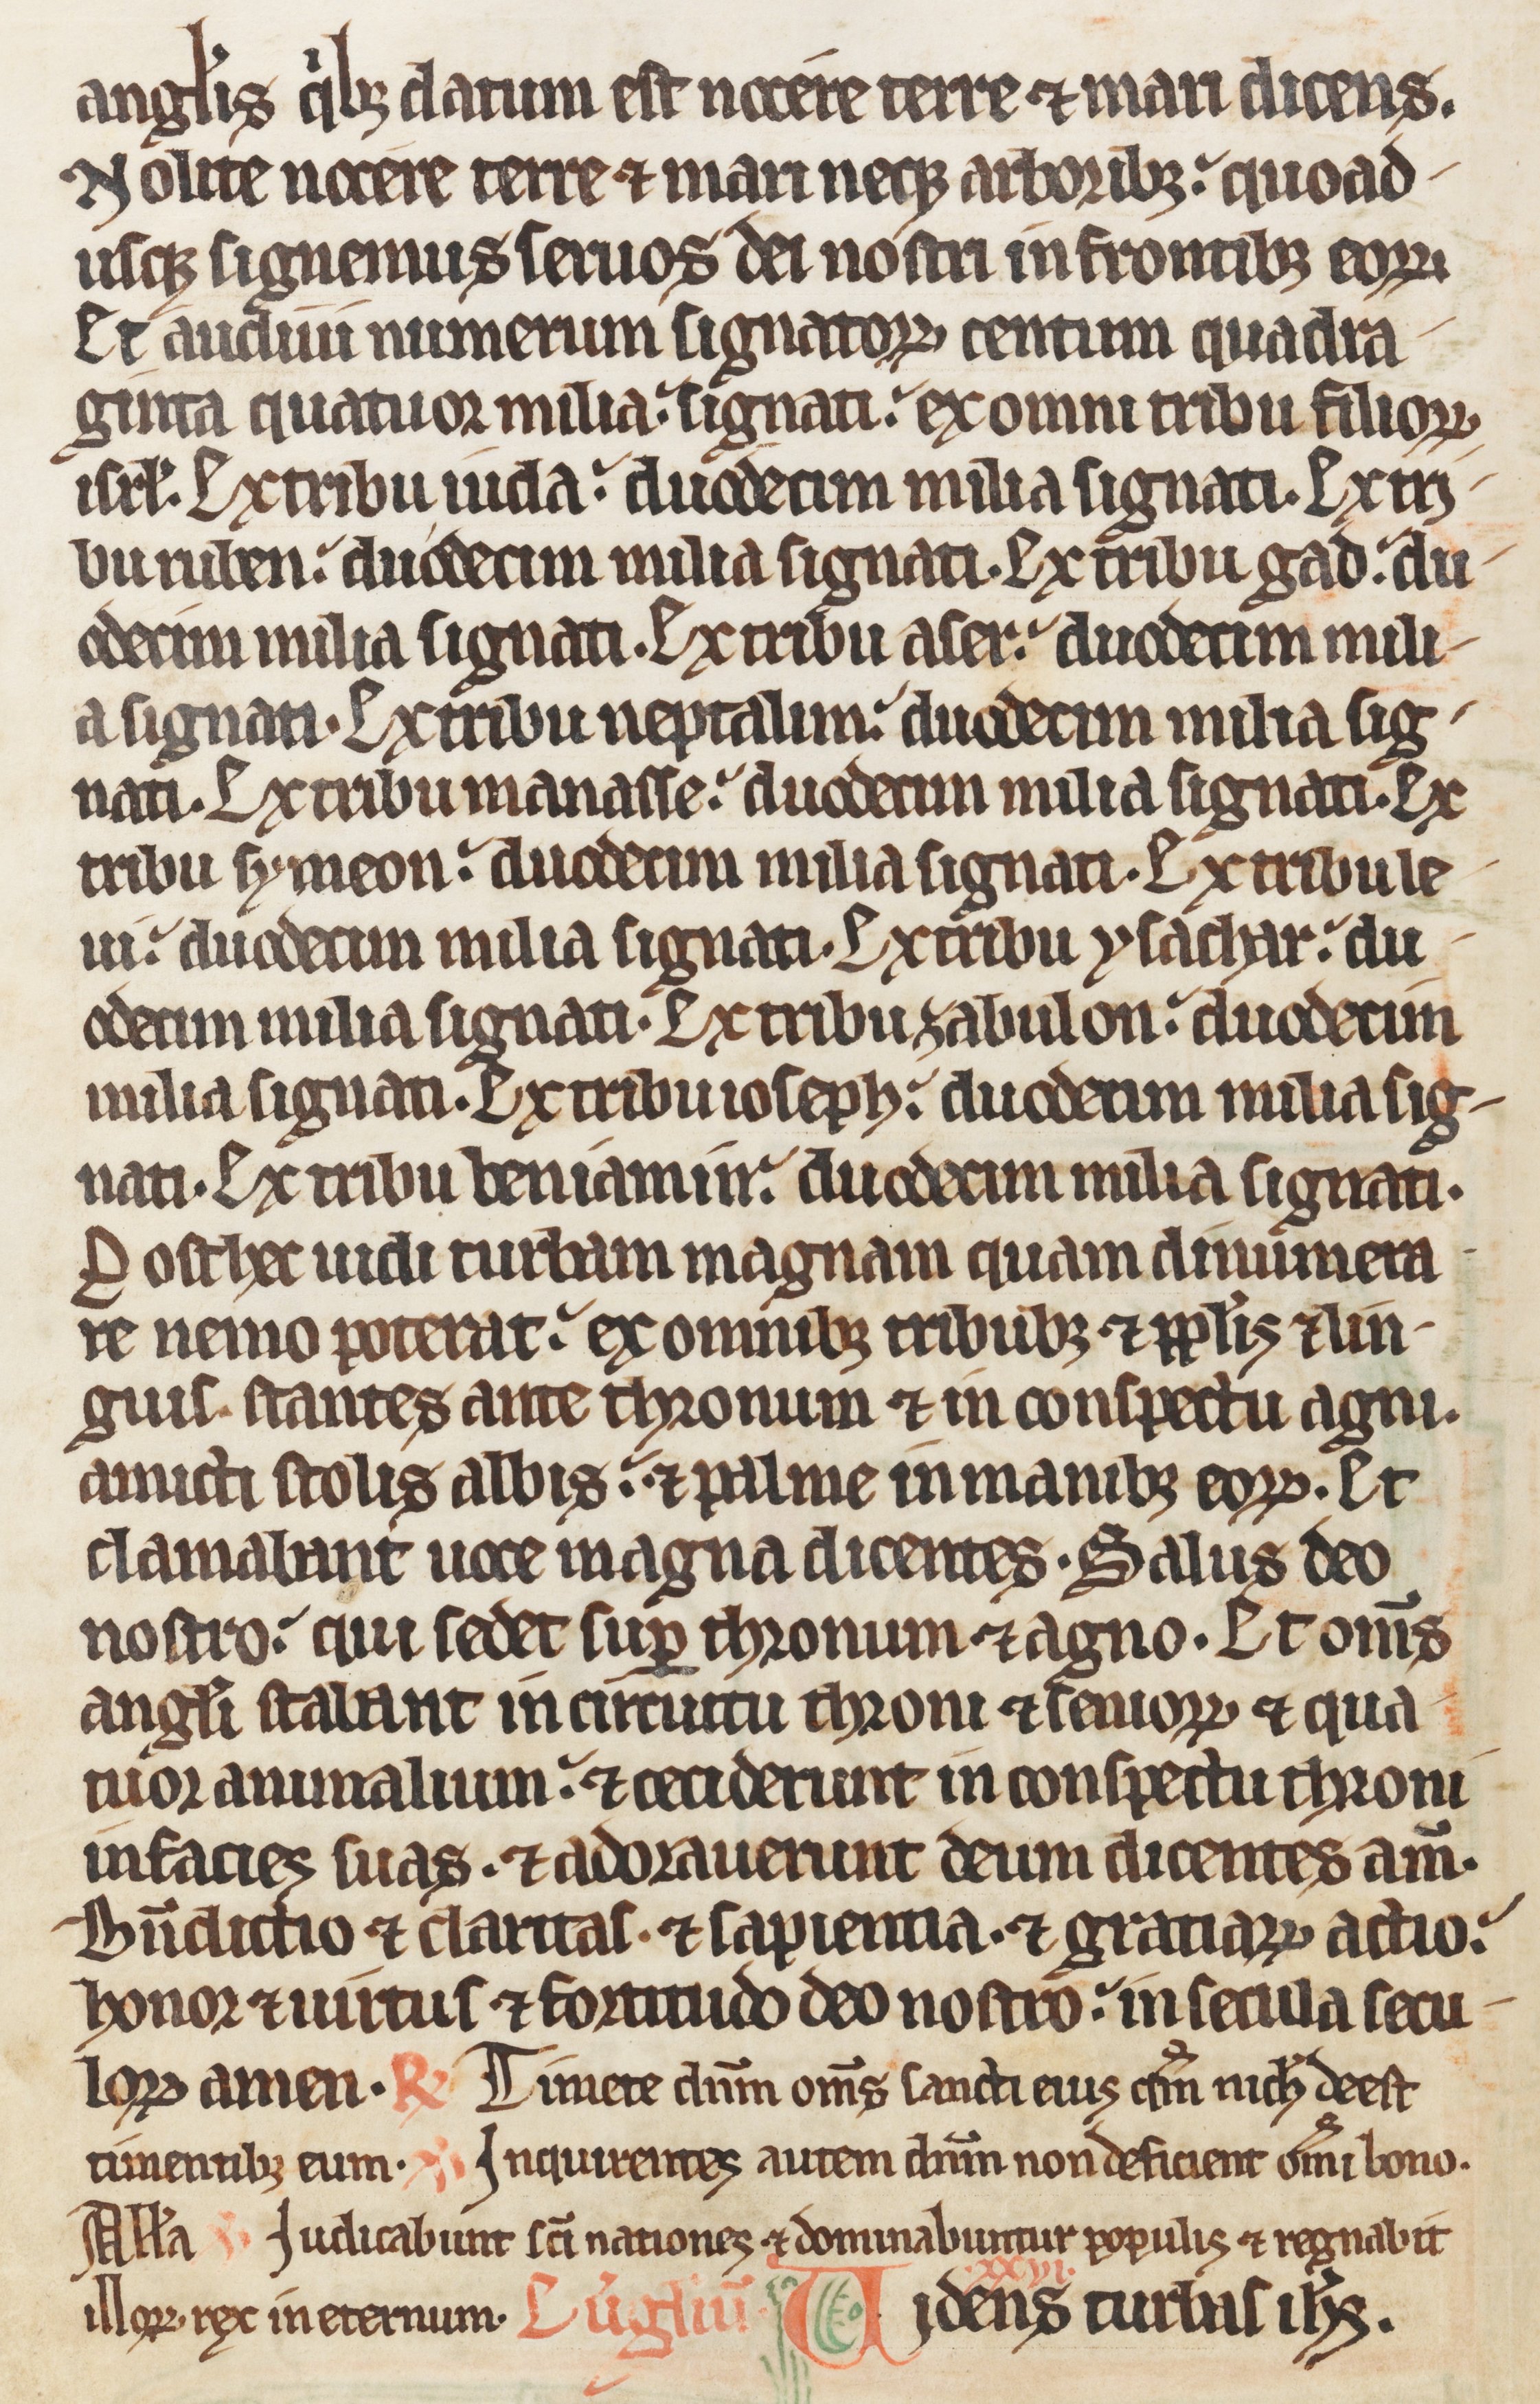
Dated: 1285–1315